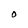
Character: 0